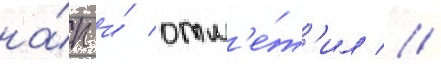
на́п и́ отм'е́т'ил //